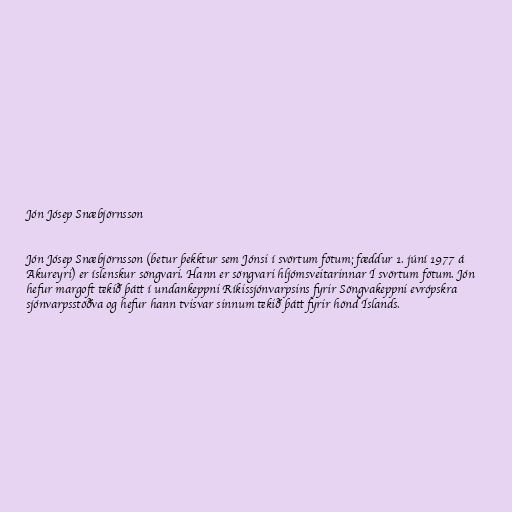
Jón Jósep Snæbjörnsson

Jón Jósep Snæbjörnsson (betur þekktur sem Jónsi í svörtum fötum; fæddur 1. júní 1977 á
Akureyri) er íslenskur söngvari. Hann er söngvari hljómsveitarinnar Í svörtum fötum. Jón
hefur margoft tekið þátt í undankeppni Ríkissjónvarpsins fyrir Söngvakeppni evrópskra
sjónvarpsstöðva og hefur hann tvisvar sinnum tekið þátt fyrir hönd Íslands.